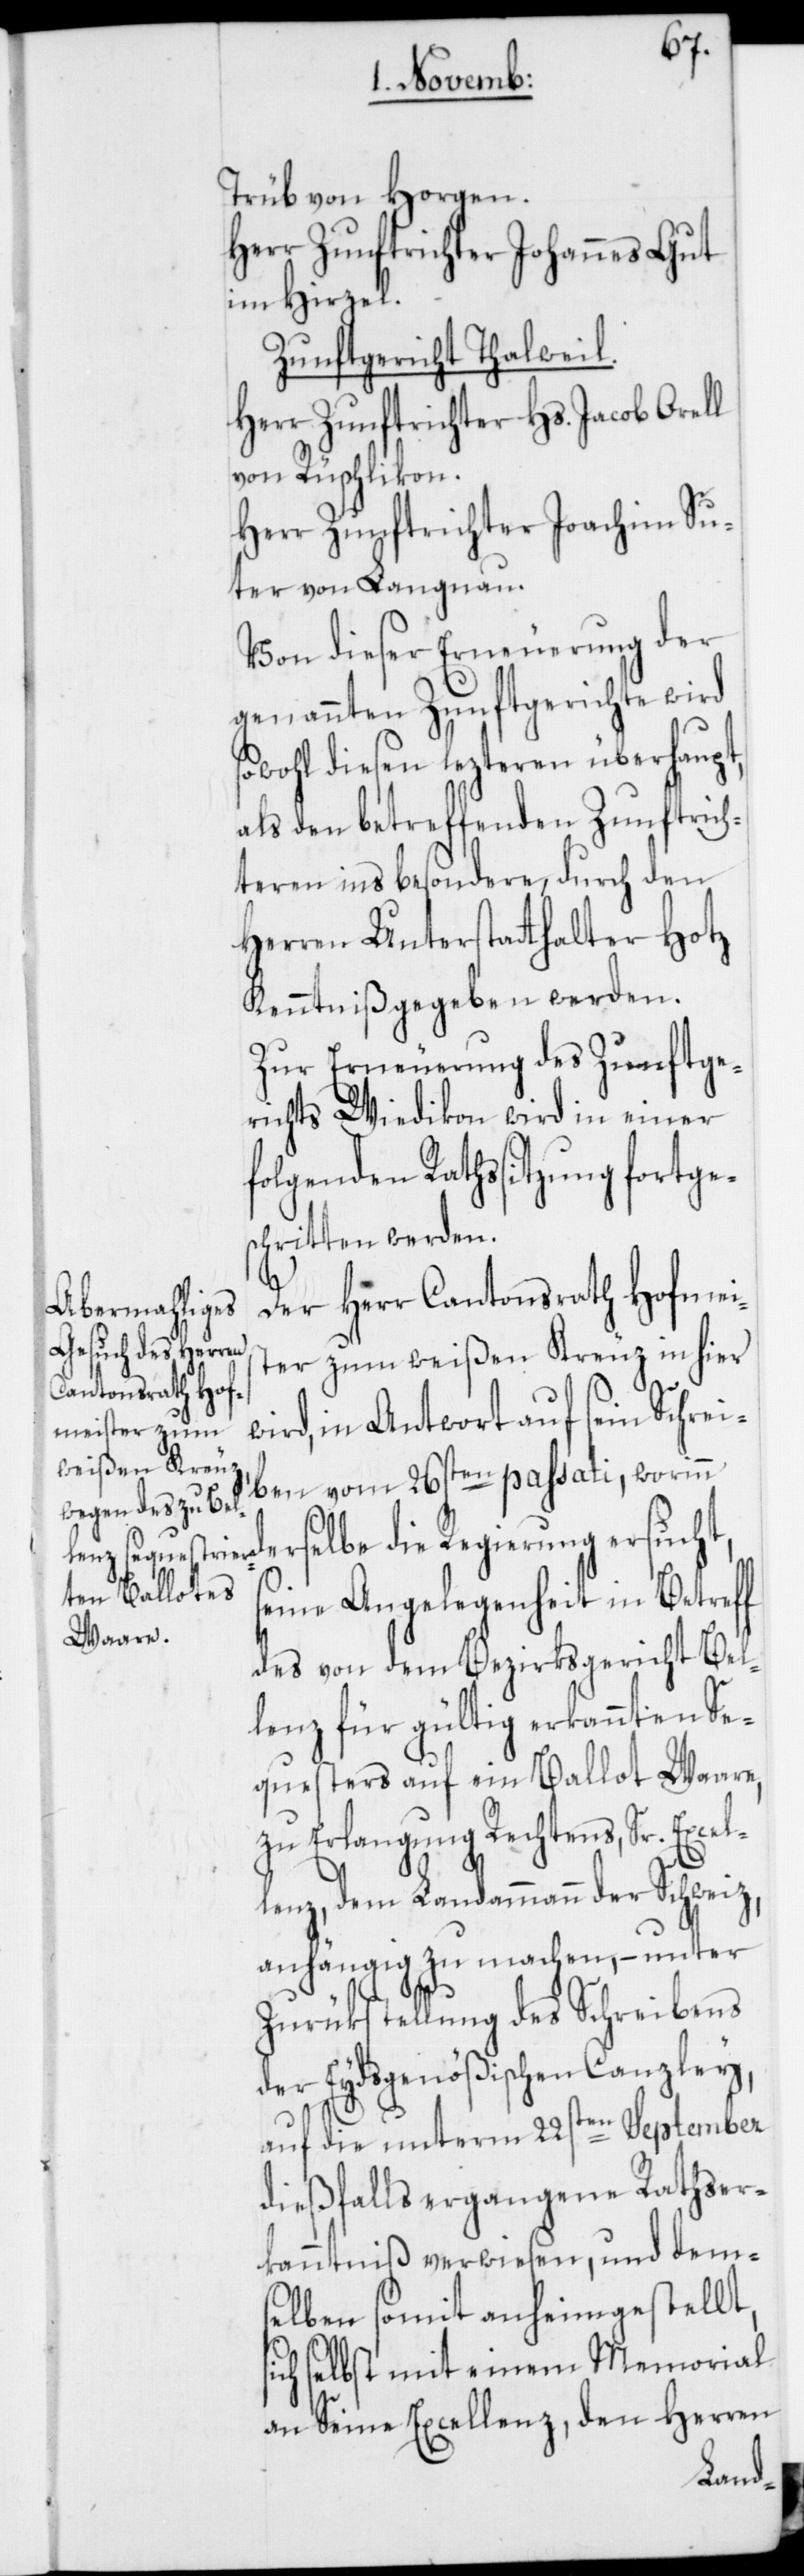
s¬
Trüb von Horgen.
Herr Zunftrichter Johannes Gut
im Hirzel.
Zunftgericht Thalweil.
Herr Zunftrichter Hs. Jacob Orell
von Rüschlikon.
Herr Zunftrichter Joachim Su¬
ter von Langnau.
Von dieser Erneuerung der
genannten Zunftgerichte wird
sowohl diesen lezteren überhaupt,
als den betreffenden Zunftrich¬
teren insbesondere, durch den
Herren Unterstatthalter Hotz
Kenntniß gegeben werden.
Zur Erneuerung des Zunftge¬
richts Wiedikon wird in einer
folgenden Rathssitzung fortge¬
schritten werden.
Der Herr Cantonsrath Hofmei¬
ster zum weißen Kreuz in hier
wird, in Antwort auf sein Schrei¬
ben vom 26sten passati, worin¬
n derselbe die Regierung ersucht,
seine Angelegenheit in Betreff
des von dem Bezirksgericht Bel¬
lenz für gültig erkannten Se¬
questers auf ein Ballot Waare,
zu Erlangung Rechtens, Sr. Excel¬
lenz, dem Landammann der Schweiz,
anhängig zu machen, – unter
Zurükstellung des Schreibens
der Eydsgenößischen Canzley,
auf die unterm 22sten September
dießfalls ergangene Rathser¬
kanntniß verwiesen, und dem¬
elben somit anheimgestellt,
ich selbst mit einem Memorial
an Seine Excellenz, den Herren